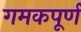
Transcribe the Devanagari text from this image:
गमकपूर्ण